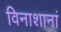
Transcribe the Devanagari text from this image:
विनाशानां